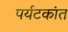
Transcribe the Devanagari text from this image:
पर्यटकांत